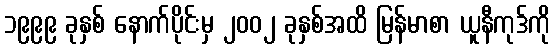
၁၉၉၉ ခုနှစ် နောက်ပိုင်းမှ ၂၀၀၂ ခုနှစ်အထိ မြန်မာစာ ယူနီကုဒ်ကို